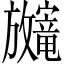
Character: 𫿨